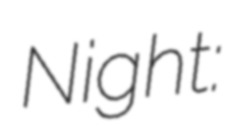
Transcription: Night: